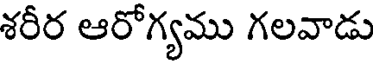
శరీర ఆరోగ్యము గలవాడు